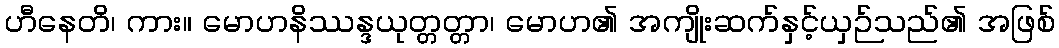
ဟီနေတိ၊ ကား။ မောဟနိဿန္ဒယုတ္တတ္တာ၊ မောဟ၏ အကျိုးဆက်နှင့်ယှဉ်သည်၏ အဖြစ်